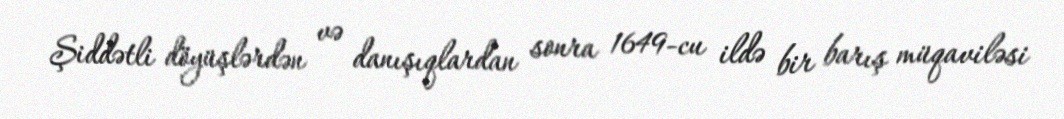
Şiddətli döyüşlərdən və danışıqlardan sonra 1649-cu ildə bir barış müqaviləsi